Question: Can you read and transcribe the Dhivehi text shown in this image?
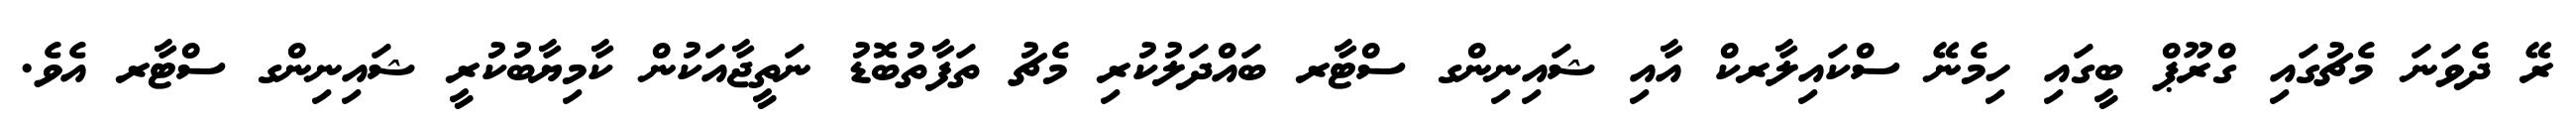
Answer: ރޭ ދެވަނަ މެޗުގައި ގްރޫޕް ބީގައި ހިމެނޭ ސްކައިލާރކް އާއި ޝައިނިންގ ސްޓާރ ބައްދަލުކުރި މެޗު ތަފާތުބޮޑު ނަތީޖާއަކުން ކާމިޔާބުކުރީ ޝައިނިންގ ސްޓާރ އެވެ.